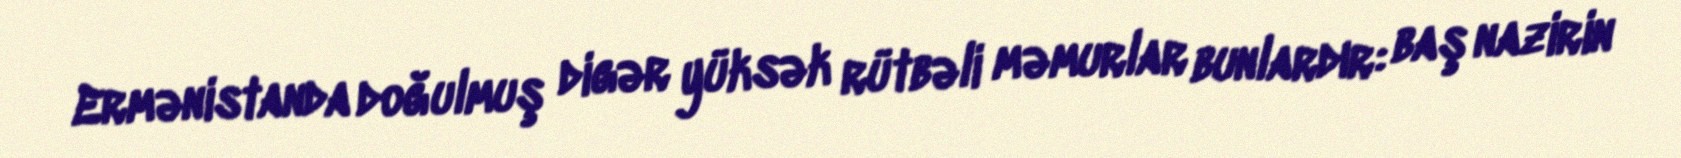
Ermənistanda doğulmuş digər yüksək rütbəli məmurlar bunlardır: baş nazirin